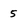
Character: 5